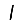
Digit: 1